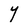
Character: Y